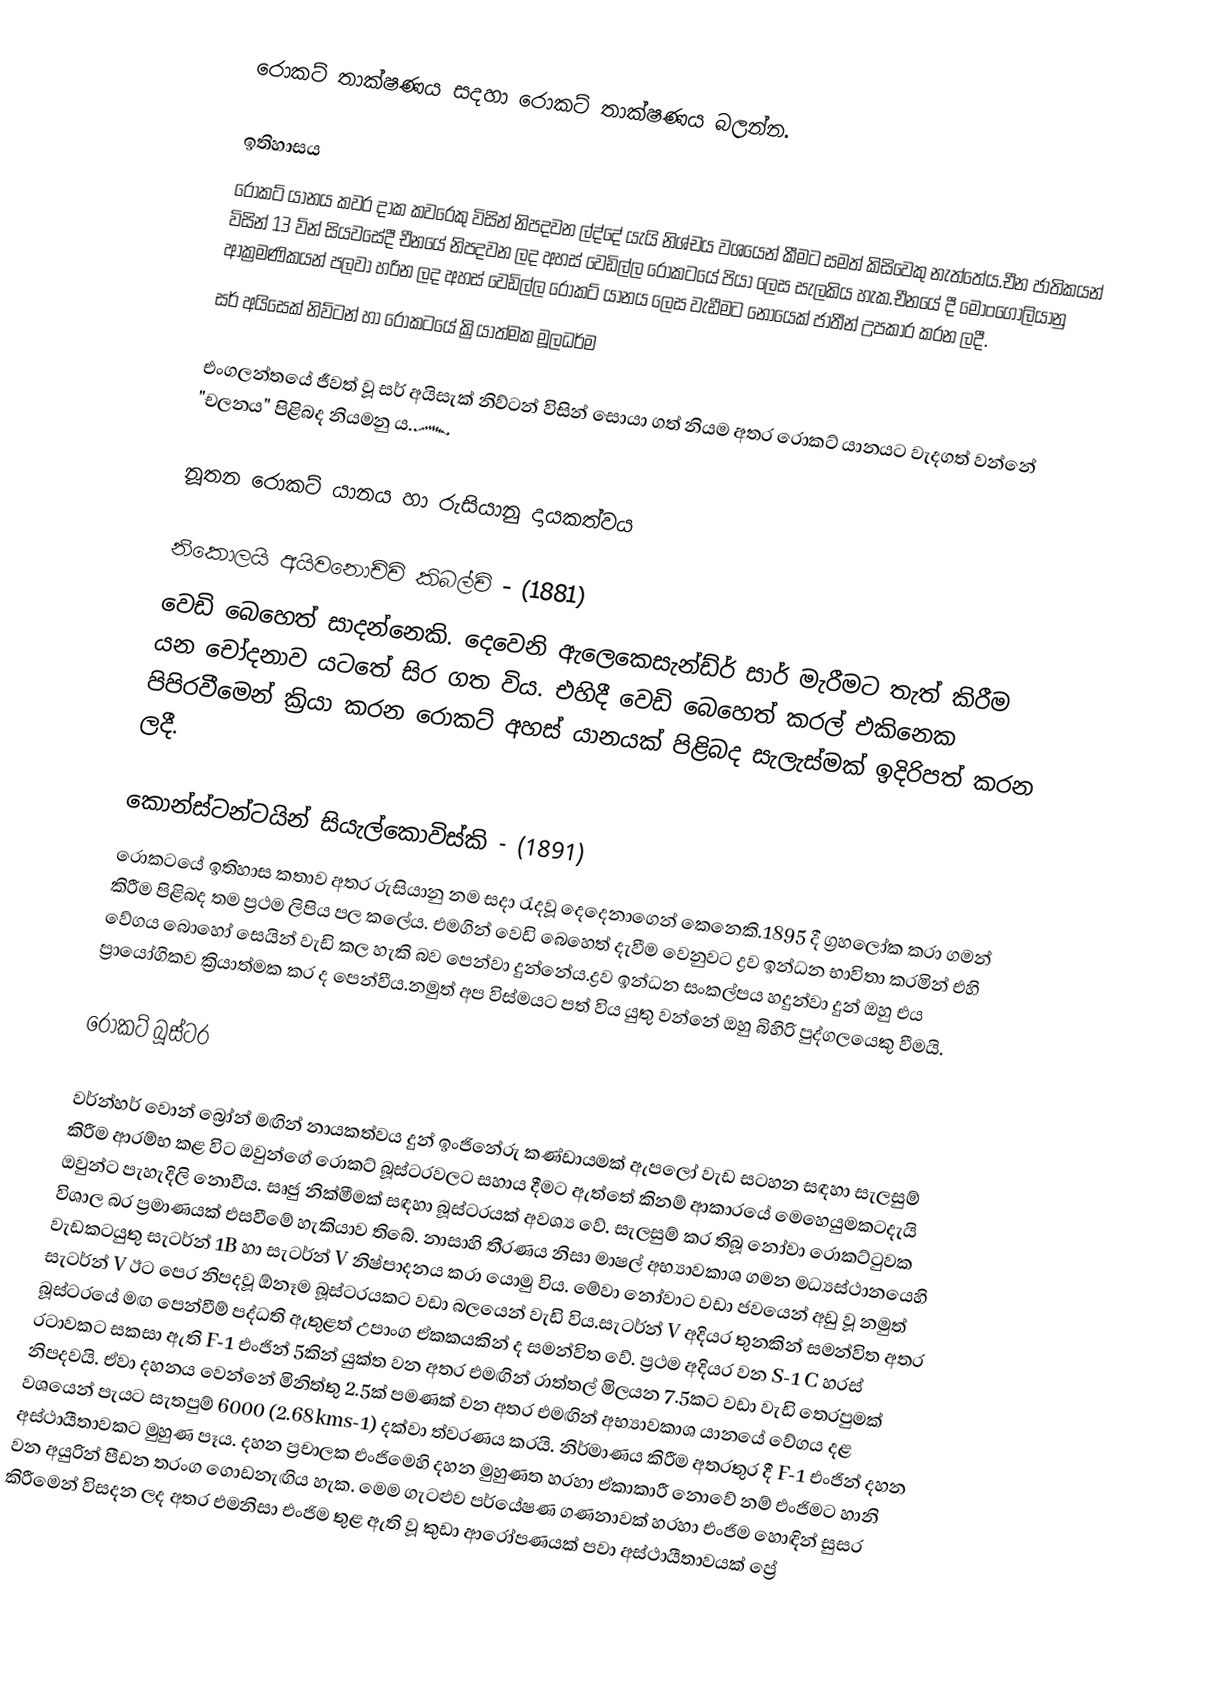
රොකට් තාක්ෂණය සදහා රොකට් තාක්ෂණය බලන්න.

ඉතිහාසය
රොකට් යානය කවර දාක කවරෙකු විසින් නිපදවන ල්ද්දේ යැයි නිශ්චය වශයෙන් කීමට සමත් කිසිවෙකු නැත්තේය.චීන ජාතිකයන් විසින් 13 ව්න් සියවසේදී චීනයේ නිපදවන ලද අහස් වෙඩිල්ල රොකටයේ පියා ලෙස සැලකිය හැක.චීනයේ දී මොංගෝලියානු ආක්‍රමණිකයන් පලවා හරින ලද අහස් වෙඩිල්ල රොකට් යානය ලෙස වැඩීමට නොයෙක් ජාතීන් උපකාර කරන ලදී.
සර් අයිසෙක් නිව්ටන් හා රොකටයේ ක්‍රියාත්මක මූලධර්ම

එංගලන්තයේ ජීවත් වූ සර් අයිසැක් නිව්ටන් විසින් සොයා ගත් නියම අතර රොකට් යානයට වැදගත් වන්නේ "චලනය" පිළිබද නියමනු ය.෴

නූතන රොකට් යානය හා රුසියානු දායකත්වය

නිකොලයි අයිවනොච්චි කිබල්චි - (1881)
වෙඩි බෙහෙත් සාදන්නෙකි. දෙවෙනි ඇලෙකෙසැන්ඩ්ර් සාර් මැරීමට තැත් කිරීම යන චෝදනාව යටතේ සිර ගත විය. එහිදී වෙඩි බෙහෙත් කරල් එකිනෙක පිපිරවීමෙන් ක්‍රියා කරන රොකට් අහස් යානයක් පිළිබද සැලැස්මක් ඉදිරිපත් කරන ලදී.

කොන්ස්ටන්ටයින් සියැල්කොවිස්කි - (1891)
රොකටයේ ඉතිහාස කතාව අතර රුසියානු නම සදා ‍රැදවූ දෙදෙනාගෙන් කෙනෙකි.1895 දී ග්‍රහලෝක කරා ගමන් කිරීම පිළිබද තම ප්‍රථම ලිපිය පල කලේය. එමගින් වෙඩි බෙහෙත් දැවීම වෙනුවට ද්‍රව ඉන්ධන භාවිතා කරමින් එහි වේගය බොහෝ සෙයින් වැඩි කල හැකි බව පෙන්වා දුන්නේය.ද්‍රව ඉන්ධන සංකල්පය හදුන්වා දුන් ඔහු එය ප්‍රායෝගිකව ක්‍රියාත්මක කර ද පෙන්වීය.නමුත් අප විස්මයට පත් විය යුතු වන්නේ ඔහු බිහිරි පුද්ගලයෙකු වීමයි.

රොකට් බූස්ටර

වර්න්හර් වොන් බ්‍රෝන් මඟින් නායකත්වය දුන් ඉංජිනේරු කණ්ඩායමක් ඇපලෝ වැඩ සටහන සඳහා සැලසුම් කිරීම ආරම්භ කළ විට ඔවුන්ගේ රොකට් බූස්ටරවලට සහාය දීමට ඇත්තේ කිනම් ආකාරයේ මෙහෙයුමකටදැයි ඔවුන්ට පැහැදිලි නොවීය. සෘජු නික්මීමක් සඳහා බූස්ටරයක් අවශ්‍ය වේ. සැලසුම් කර තිබූ නෝවා රොකට්ටුවක විශාල බර ප්‍රමාණයක් එසවීමේ හැකියාව තිබේ. නාසාහි තීරණය නිසා මාෂල් අභ්‍යාවකාශ ගමන මධ්‍යස්ථානයෙහි වැඩකටයුතු සැටර්න් 1B හා සැටර්න් V නිෂ්පාදනය කරා යොමු විය. මේවා නෝවාට වඩා ජවයෙන් අඩු වූ නමුත් සැටර්න් V ඊට පෙර නිපදවූ ඕනෑම බූස්ටරයකට වඩා බලයෙන් වැඩි විය.සැටර්න් V අදියර තුනකින් සමන්විත අතර බූස්ටරයේ මඟ පෙන්වීම් පද්ධති ඇතුළත් උපාංග ඒකකයකින් ද සමන්විත වේ. ප්‍රථම අදියර වන S-1 C හරස් රටාවකට සකසා ඇති F-1 එංජින් 5කින් යුක්ත වන අතර එමඟින් රාත්තල් මිලයන 7.5කට වඩා වැඩි තෙරපුමක් නිපදවයි. ඒවා දහනය වෙන්නේ මිනිත්තු 2.5ක් පමණක් වන අතර එමඟින් අභ්‍යාවකාශ යානයේ වේගය දළ වශයෙන් පැයට සැතපුම් 6000 (2.68kms-1) දක්වා ත්වරණය කරයි. නිර්මාණය කිරීම අතරතුර දී F-1 එංජින් දහන අස්ථායීතාවකට මුහුණ පෑය. දහන ප්‍රචාලක එංජිමෙහි දහන මුහුණත හරහා ඒකාකාරී නොවේ නම් එංජිමට හානි වන අයුරින් පීඩන තරංග ගොඩනැඟිය හැක. මෙම ගැටළුව පර්යේෂණ ගණනාවක් හරහා එංජිම හොඳින් සුසර කිරීමෙන් විසදන ලද අතර එමනිසා එංජිම තුළ ඇති වූ කුඩා ආරෝපණයක් පවා අස්ථායීතාවයක් ප්‍රේ